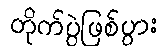
တိုက်ပွဲဖြစ်ပွား